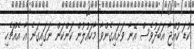
ކުޑަ ކުއްޖާ އަބަދުވެސް އޭނާ ވަށައިގެންވާ މާހައުލުން ކަންކަން ނަގައިގަނެ އާ އެއްޗެހި